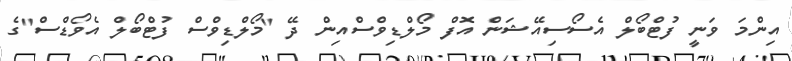
އިންމަ ވަނީ ފުޓްބޯލް އެސޯސިއޭޝަން އޮފް މޯލްޑިވްސްއިން ދޭ "މޯލްޑިވްސް ފުޓްބޯލް އެވޯޑްސް"ގެ